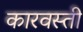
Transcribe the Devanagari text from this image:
कारवस्ती